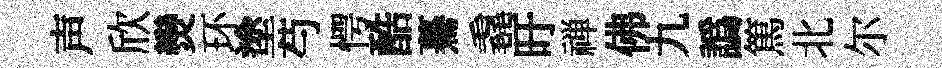
声欣𤓖环塗芍愕酷驀毳旴禅佛九譌篤北尔